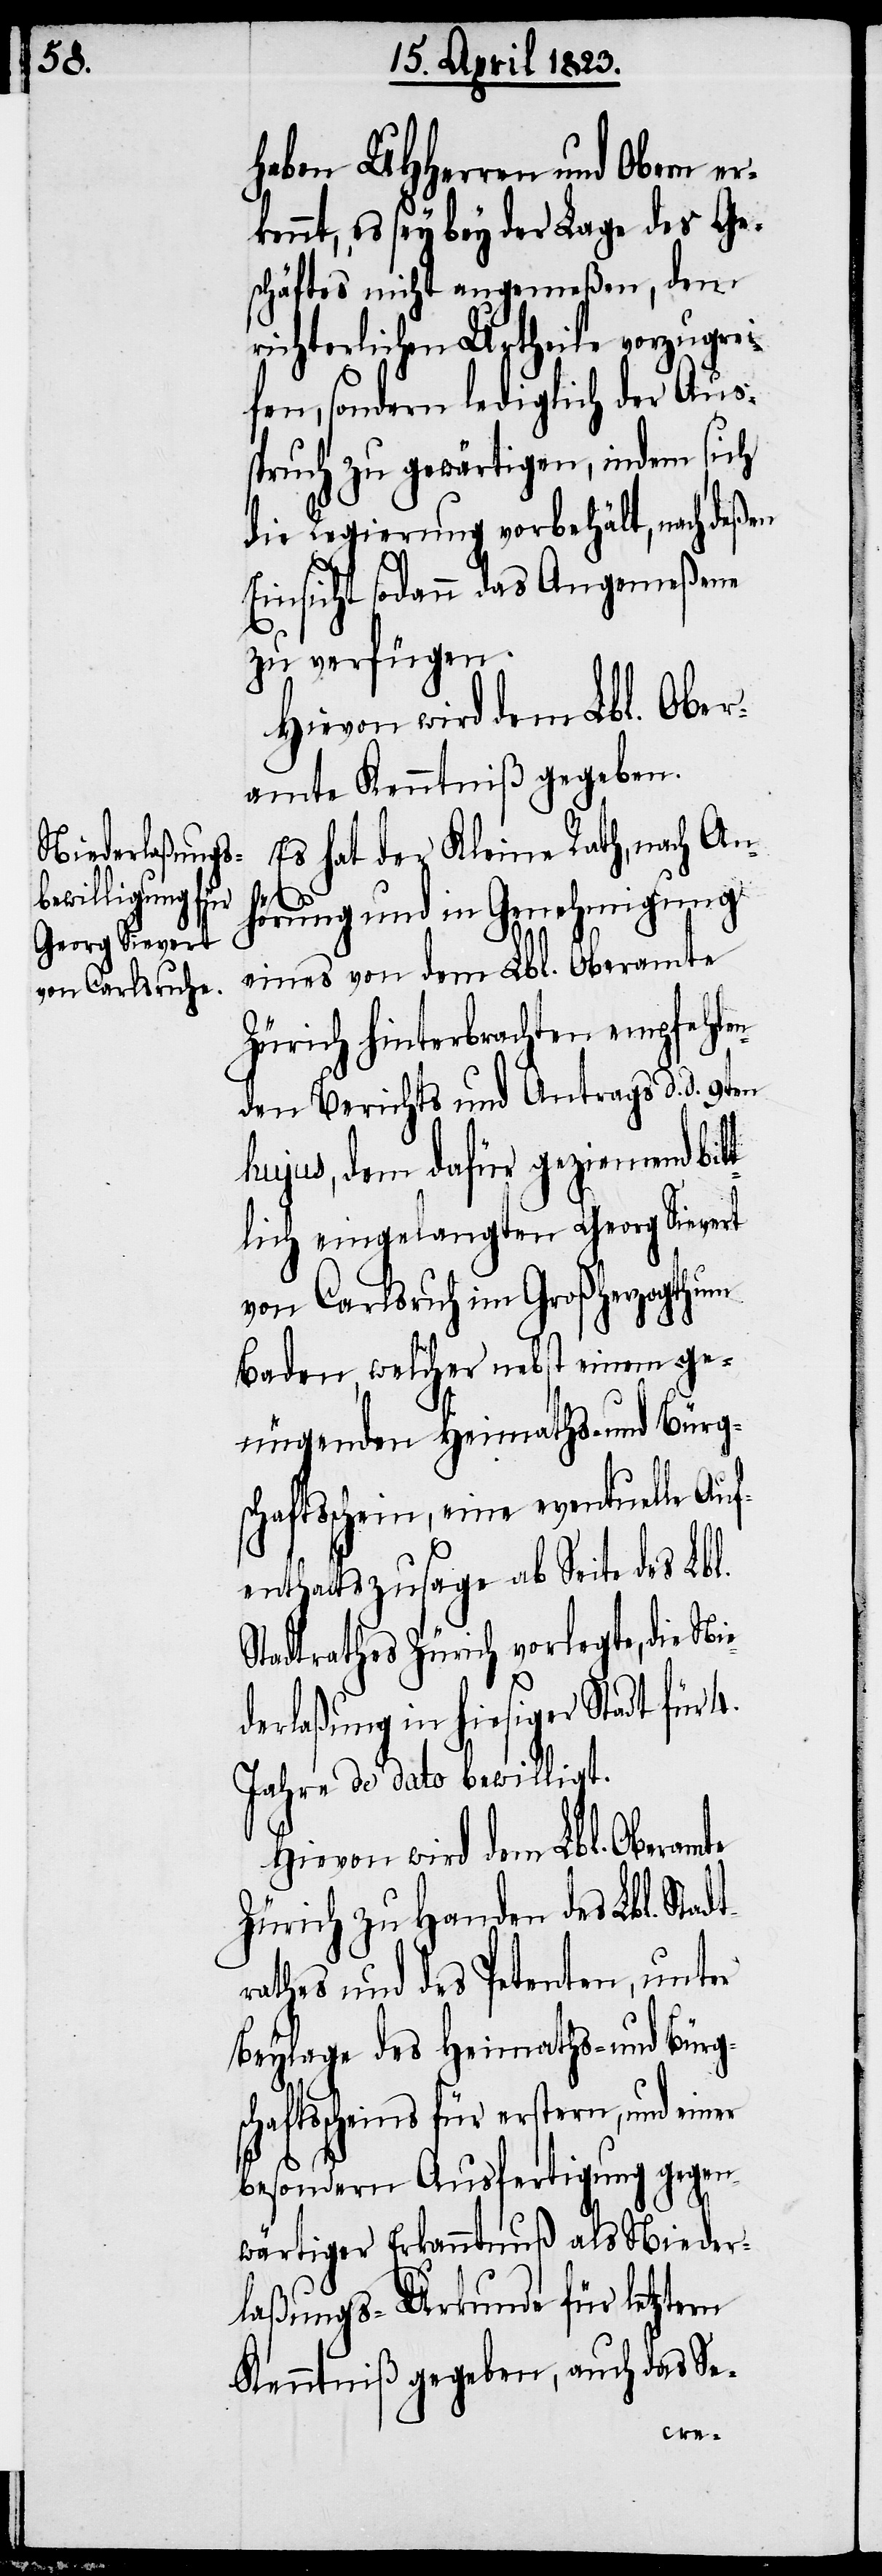
haben UHHerren und Obern er¬
kennt, es sey bey der Lage des Ge¬
schäftes nicht angemeßen, dem
richterlichen Urtheile vorzugrei¬
fen, sondern lediglich der Aus¬
spruch zu gewärtigen, indem sich
die Regierung vorbehält, nach deßen
Einsicht sodann das Angemeßene
zu verfügen.
Hievon wird dem Lbl. Ober¬
amte Kenntniß gegeben.
Es hat der Kleine Rath, nach An¬
dt¬
hörung und in Genehmigung
eines von dem Lbl. Oberamte
Zürich hinterbrachten empfehlen¬
den Berichts und Antrags d. d. 9ten
hujus, dem dafür geziemend bit¬
tlich eingelangten Georg Sievert
von Carlsruh im Großherzogthum
Baden, welcher nebst einem ge¬
nügenden Heimaths- und Bürgs¬
chaftsschein, eine eventuelle Auf¬
enthaltszusage ab Seite des Lbl.
Stadtrathes Zürich vorlegte, die Nie¬
derlaßung in hiesiger Stadt für
Jahre de dato bewilligt.
Hievon wird dem Lbl. Oberamte
Zürich zu Handen des Lbl. Sta¬
rathes und des Petenten, unter
Beylage des Heimaths- und Bürgs¬
chaftsscheins für erstern, und einer
besondern Ausfertigung gegen¬
wärtiger Erkanntnuß als Nieder¬
laßungs-Urkunde für letztern
Kenntniß gegeben, auch das Se-